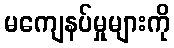
မကျေနပ်မှုများကို